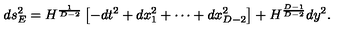
d s _ { E } ^ { 2 } = H ^ { \frac { 1 } { D - 2 } } \left[ - d t ^ { 2 } + d x _ { 1 } ^ { 2 } + \cdots + d x _ { D - 2 } ^ { 2 } \right] + H ^ { \frac { D - 1 } { D - 2 } } d y ^ { 2 } .